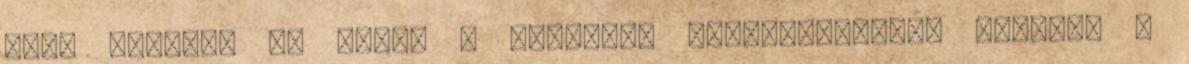
most kezdtem el ezzel a dologgal foglalkozni,de sajnos. .